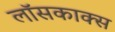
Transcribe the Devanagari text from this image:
लॉसकाक्स